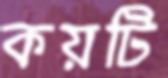
কয়টি